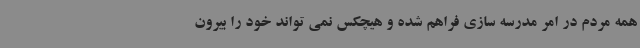
همه مردم در امر مدرسه سازی فراهم شده و هیچکس نمی تواند خود را بیرون